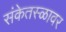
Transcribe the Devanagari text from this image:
संकेतस्ळावर